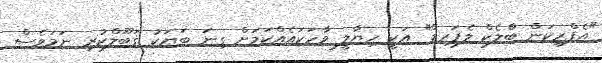
"އެފްރިކަން ބްލެކް ލެޕަރޑް" އަކީ ހިޔާލީ ވާހަކައެއްކަމަށް ގިނަ ބަޔަކު ޤަބޫލްކުރި ނަމަވެސް